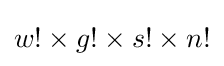
w!\times g!\times s!\times n!